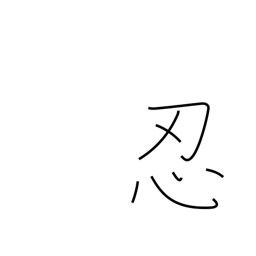
Meaning: secrete